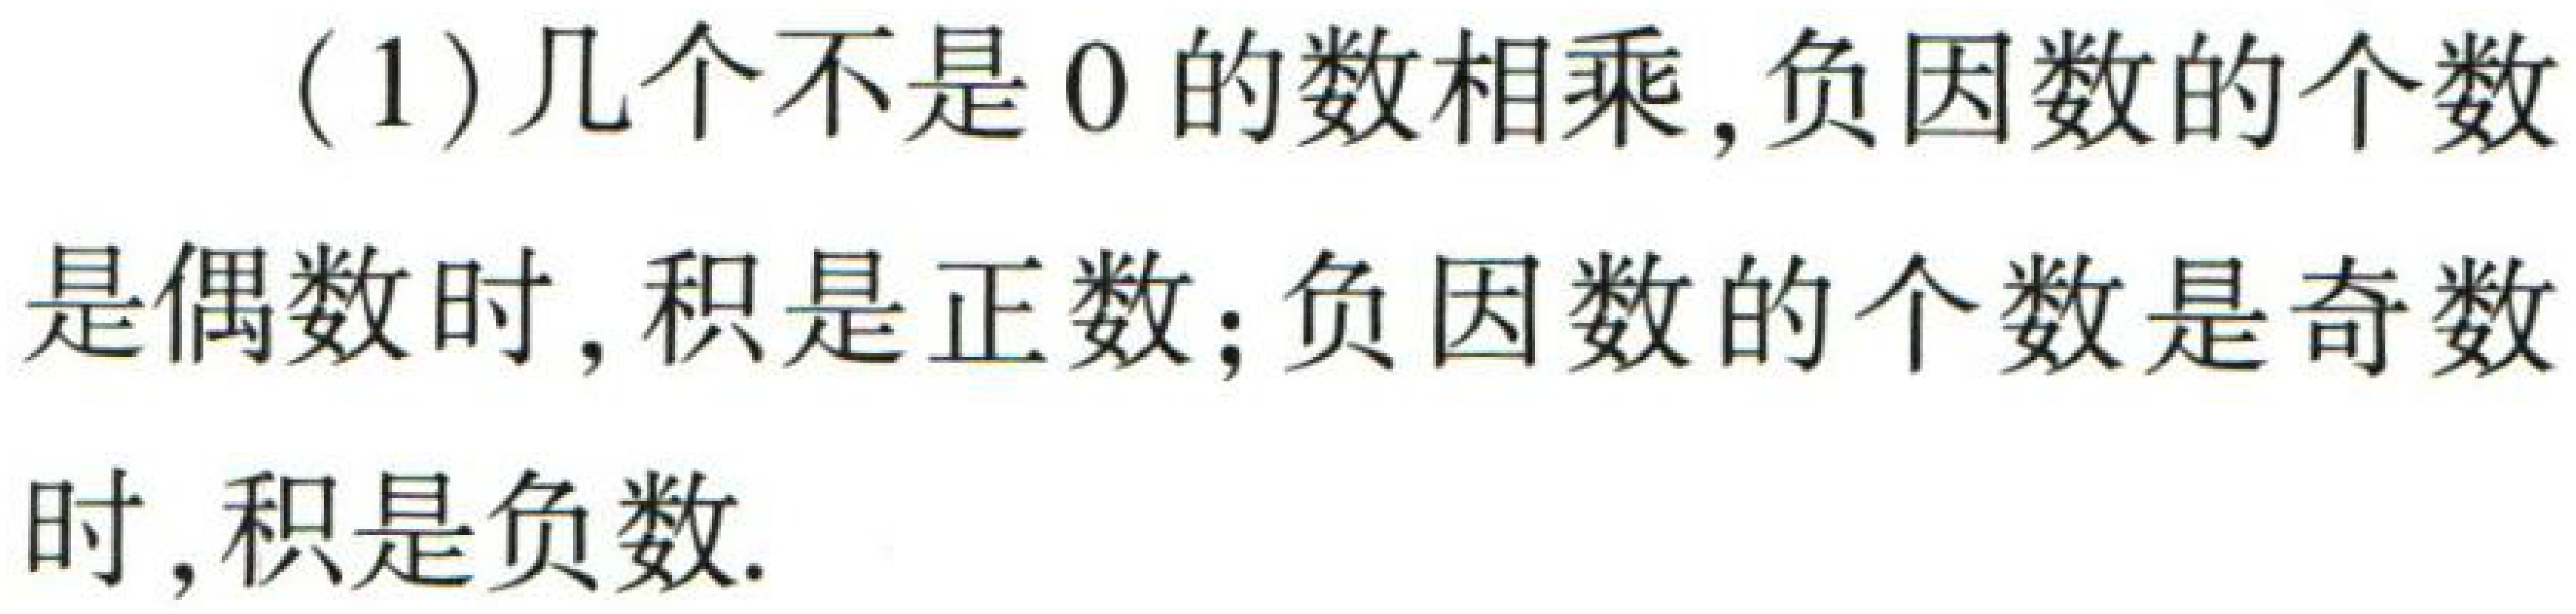
(1)几个不是\(0\)的数相乘,负因数的个数是偶数时, 积是正数；负因数的个数是奇数时,积是负数.